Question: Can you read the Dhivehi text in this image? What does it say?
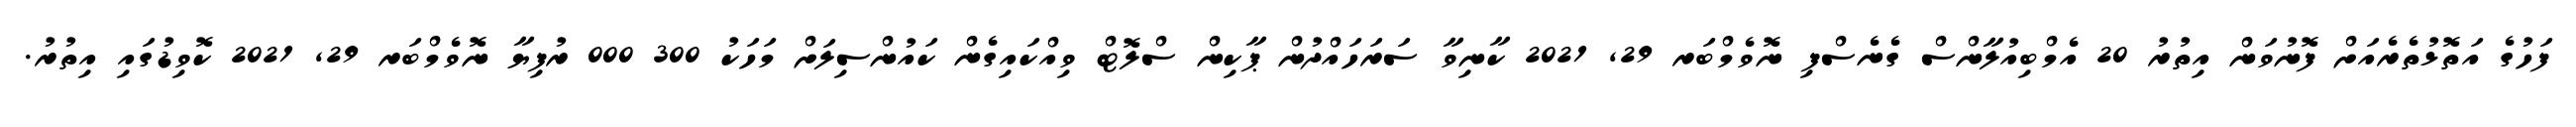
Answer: ފަހުގެ އަތޮޅުތެރެއަށް ފޮނުވަން އިތުރު 20 އެމްބިއުލާންސް ގެނެސްފި ނޮވެމްބަރ 29, 2021 ކާނިވާ ސަރަހައްދުން ޕާކިން ސްލޮޓް ވިއްކައިގެން ކައުންސިލަށް މަހަކު 300 000 ރުފިޔާ ނޮވެމްބަރ 29, 2021 ކޮވިޑުގައި އިތުރު.